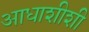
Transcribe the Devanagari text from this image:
आधाशीशी